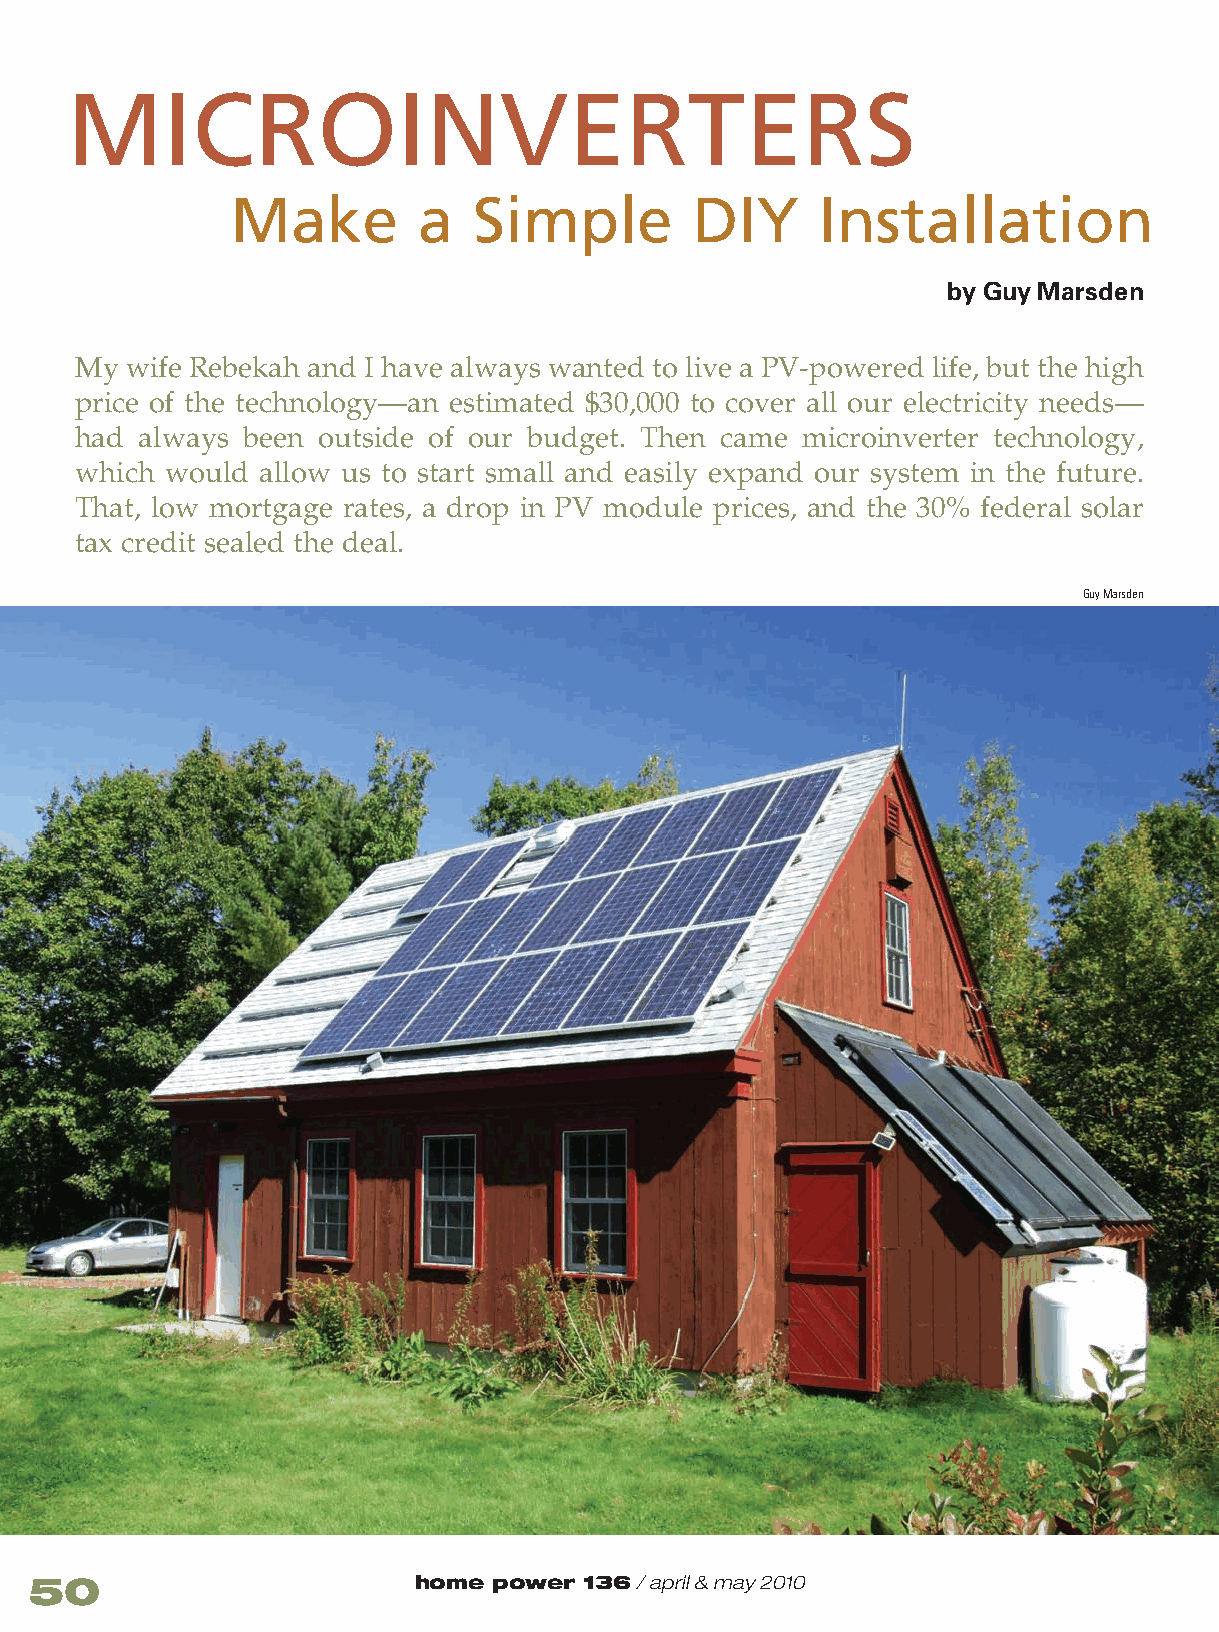
MICROINVERTERS
 Make         a  Simple         DIY     Installation
 by Guy Marsden
 My wife Rebekah and I have always wanted to live a PV-powered life, but the high
 price of the technology—an estimated $30,000 to cover all our electricity needs—
 had always been outside of our budget. Then came microinverter technology,
 which would allow us to start small and easily expand our system in the future.
 That, low mortgage rates, a drop in PV module prices, and the 30% federal solar
 tax credit sealed the deal.
 Guy Marsden
 50                       home  power 136 / april & may 2010